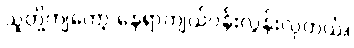
သူတို့ကျတော့ နေရာကျယ်ဝန်းလွန်းလှတယ်။